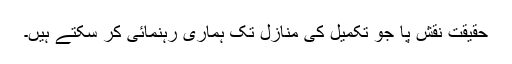
حقیقت نقش پا جو تکمیل کی منازل تک ہماری رہنمائی کر سکتے ہیں۔